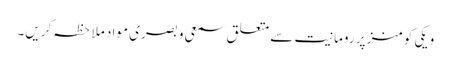
ویکی کومنز پر رومانیت سے متعلق سمعی و بصری مواد ملاحظہ کریں۔